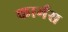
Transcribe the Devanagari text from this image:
कार्मस